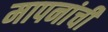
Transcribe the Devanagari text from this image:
मापनांची